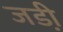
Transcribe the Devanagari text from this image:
जडी़